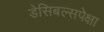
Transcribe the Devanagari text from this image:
डेसिबल्सपेक्षा